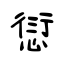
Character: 愆